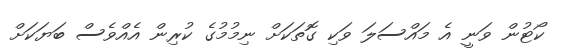
ކޯޓުން ވަނީ އެ މައްސަލަ ވަކި ގޮތަކަށް ނިމުމުގެ ކުރިން އެއްވެސް ބަޔަކަށް